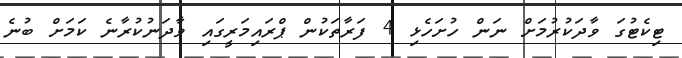
ޓިކެޓުގަ ވާދަކުރުމަށް ނަން ހުށަހެޅި 4 ފަރާތަކުން ޕްރައިމަރީގައި ވާދަނުކުރާނެ ކަމަށް ބުނެ